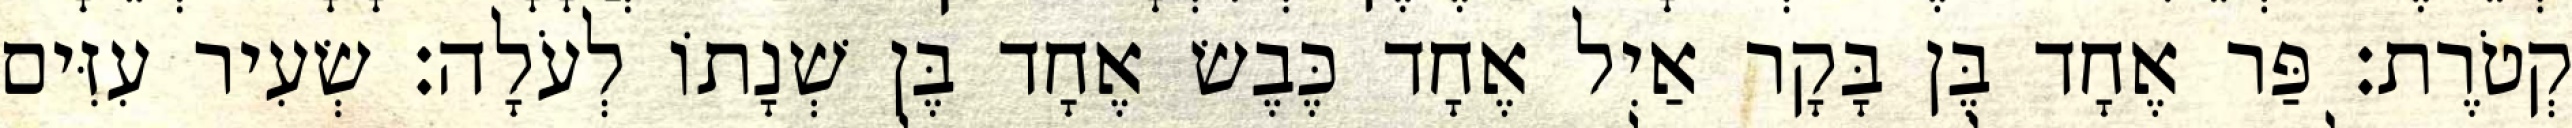
קְטֹרֶת׃ פַּר אֶחָד בֶּן בָּקָר אַיִל אֶחָד כֶּבֶשׂ אֶחָד בֶּן שְׁנָתוֹ לְעֹלָה׃ שְׂעִיר עִזִּים